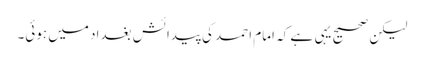
لیکن صحیح یہی ہے کہ امام احمد کی پیدائش بغداد میں ہوئی۔